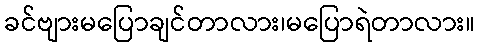
ခင်ဗျားမပြောချင်တာလား၊မပြောရဲတာလား။